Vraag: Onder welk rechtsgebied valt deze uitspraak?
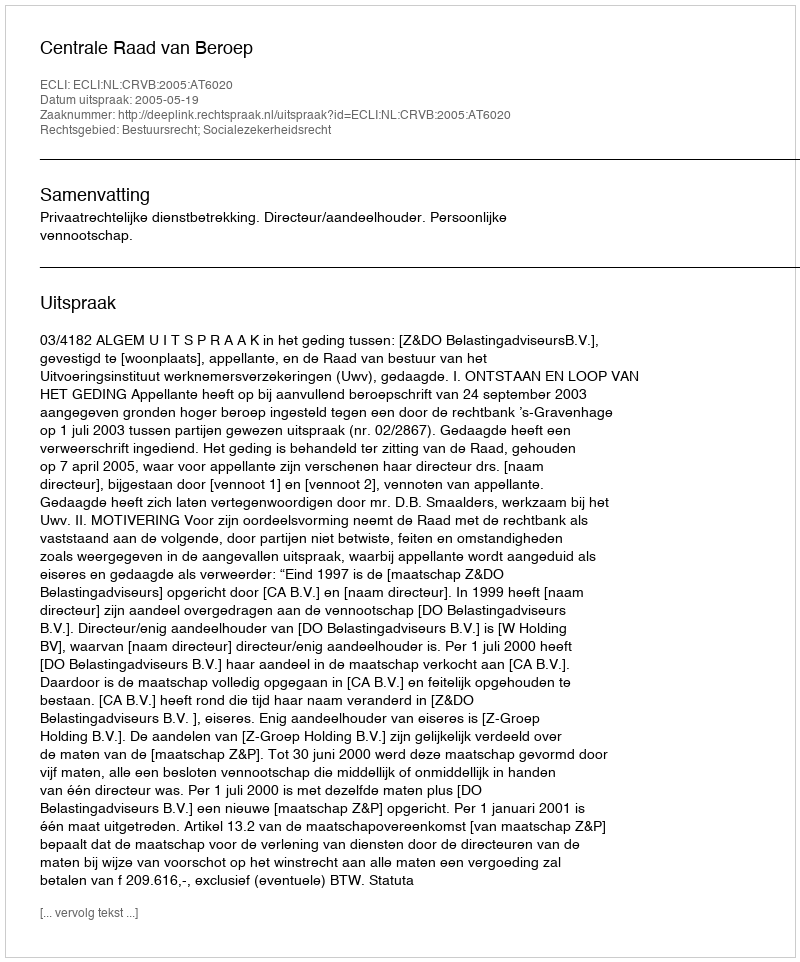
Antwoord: Bestuursrecht; Socialezekerheidsrecht